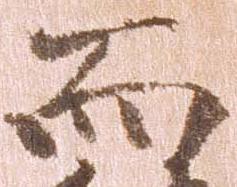
而